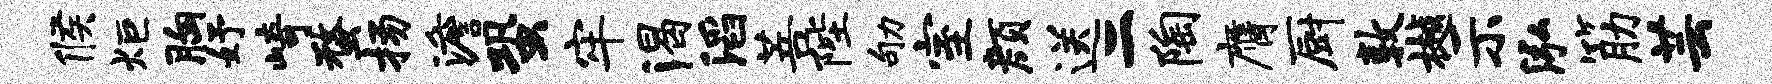
候炬胸妤崎蝥扬澹蛩牢渴滔菩陛劬室颜送二陶膺厨敦樾示泓筋芸